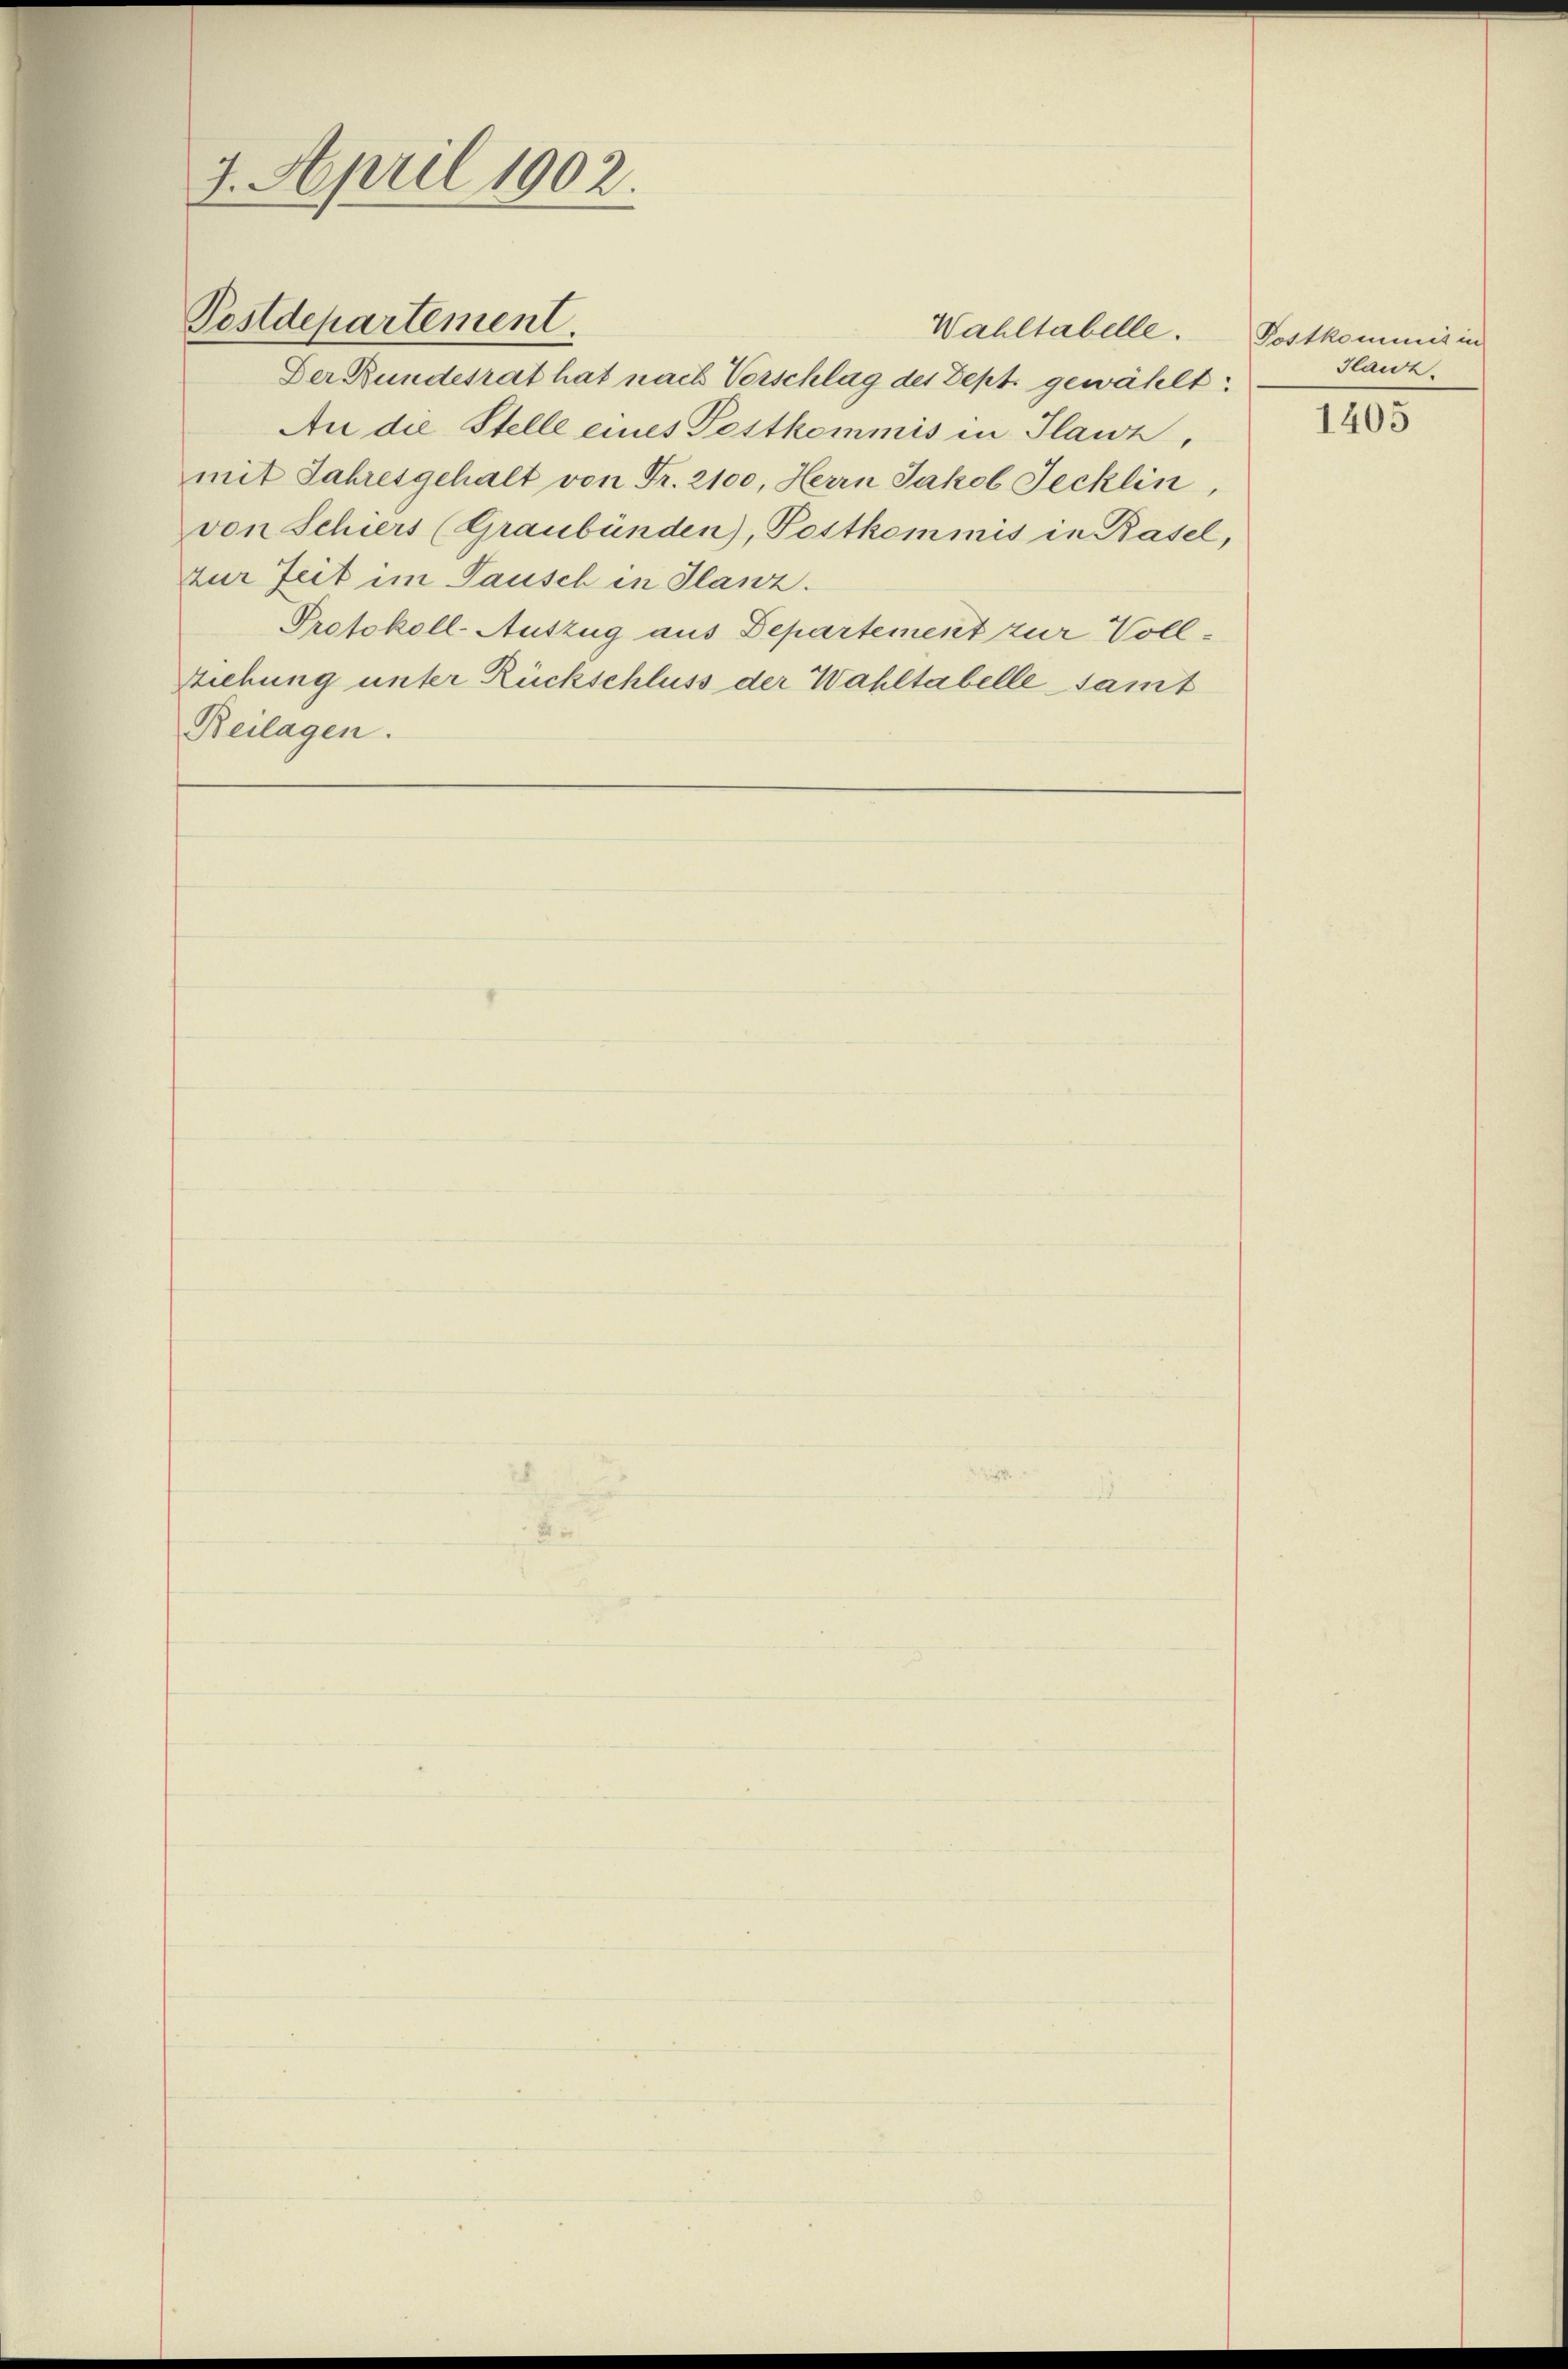
Wahltabelle. Postkommis in
Der Bundesrat hat nach Vorschlag des Dept gewählt:
An die Stelle eines Festkommis in Plawz,
mit Jahresgehalt von Fr. 2100, Herrn Jakob Jecklin,
von Schiers (Graubünden), Postkommis in Basel,
zur Zeit im Tausch in Glanz.
Protokoll-Auszug aus Departement zur Voll¬
Ziehung unter Rückschluss der Wahltabelle samt
Beilagen.

7. April 1902.

Postdepartement.

Ilanz.

1405